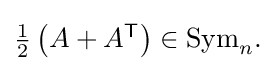
{\textstyle {\frac {1}{2}}\left(A+A^{\textsf {T}}\right)\in {\mbox{Sym}}_{n}.}